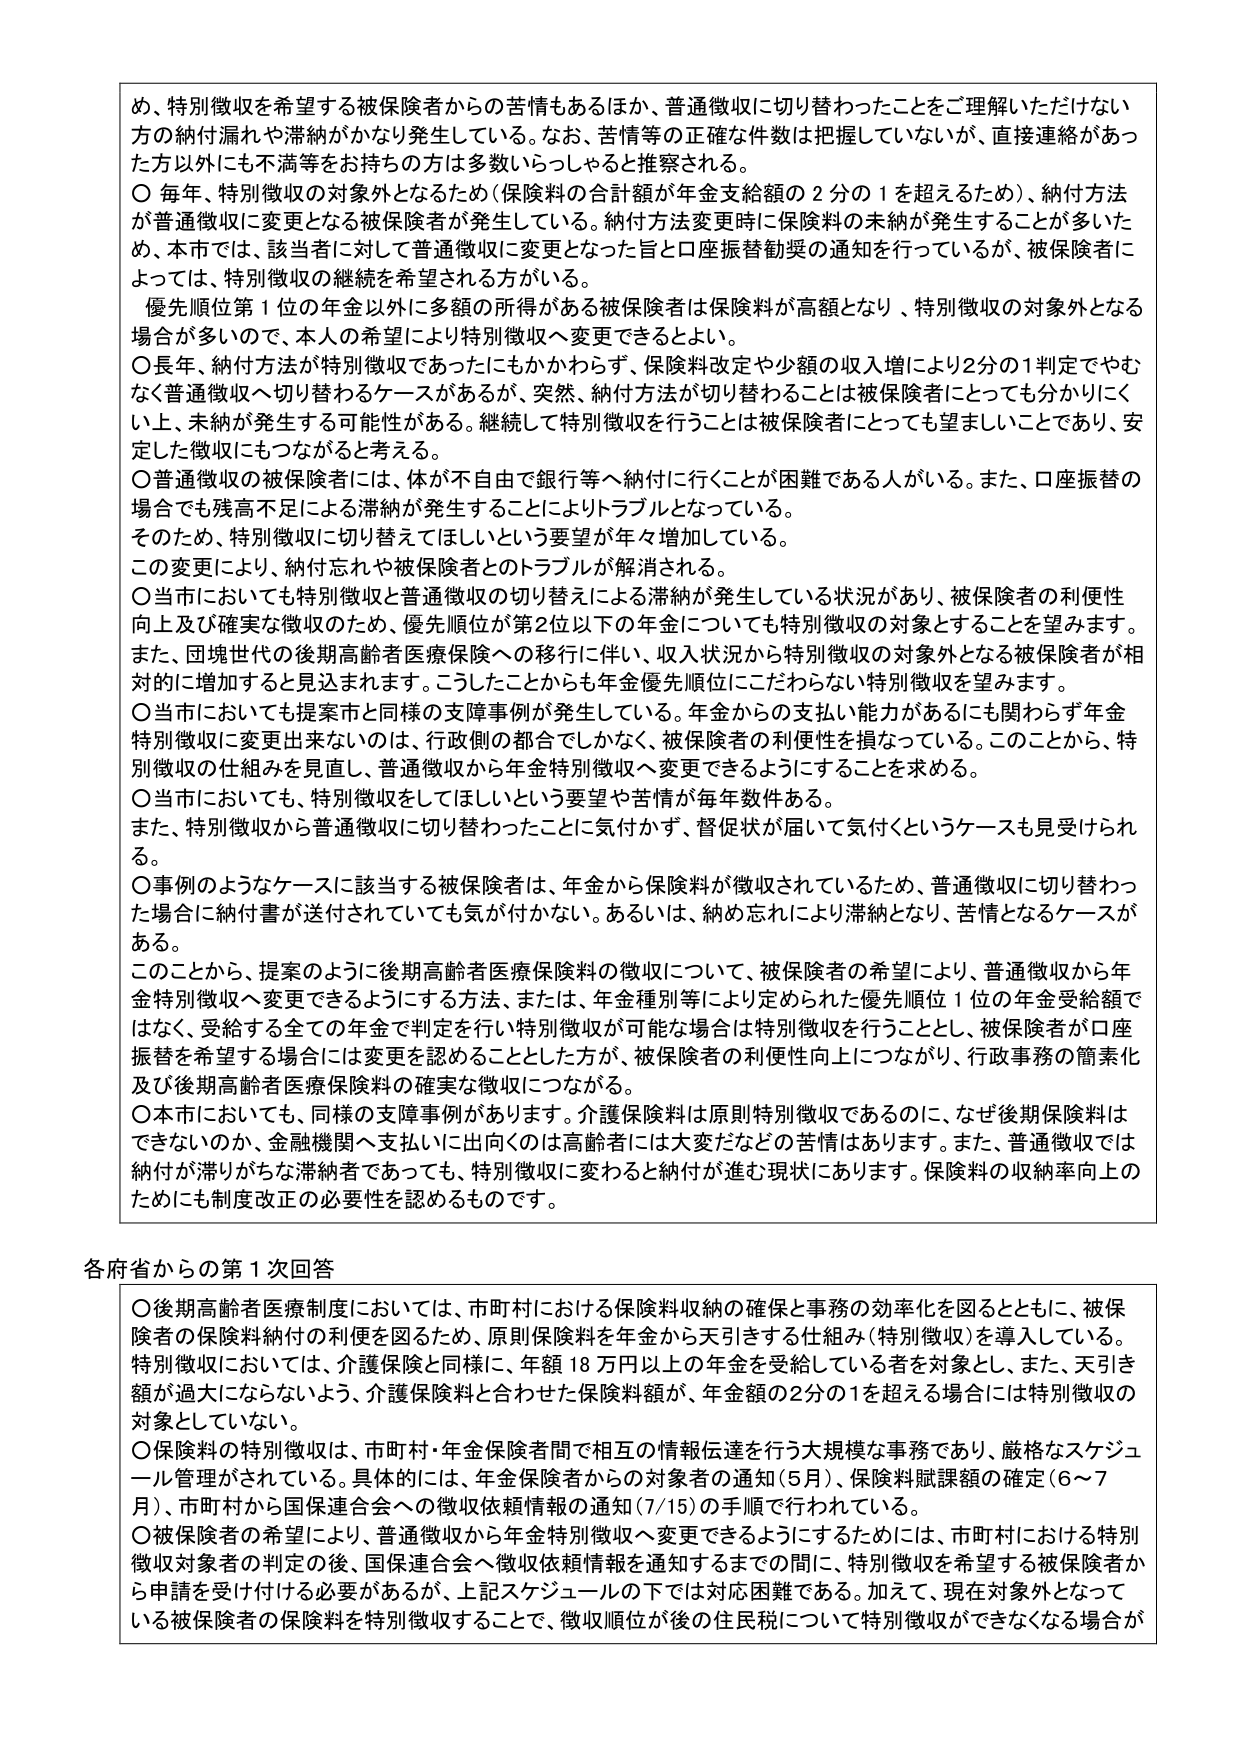
め、特別徴収を希望する被保険者からの苦情もあるほか、普通徴収に切り替わったことをご理解いただけない方の納付漏れや滞納がかなり発生している。なお、苦情等の正確な件数は把握していないが、直接連絡があった方以外にも不満等をお持ちの方は多数いらっしゃると推察される。

○ 毎年、特別徴収の対象外となるため（保険料の合計額が年金支給額の２分の１を超えるため）、納付方法が普通徴収に変更となる被保険者が発生している。納付方法変更時に保険料の未納が発生することが多いため、本市では、該当者に対して普通徴収に変更となった旨と口座振替勧奨の通知を行っているが、被保険者によっては、特別徴収の継続を希望される方がいる。

優先順位第１位の年金以外に多額の所得がある被保険者は保険料が高額となり、特別徴収の対象外となる場合が多いので、本人の希望により特別徴収へ変更できるとよい。

○ 長年、納付方法が特別徴収であったにもかかわらず、保険料改定や少額の収入増により2分の1判定でやむなく普通徴収へ切り替わるケースがあるが、突然、納付方法が切り替わることは被保険者にとっても分かりにくい上、未納が発生する可能性がある。継続して特別徴収を行うことは被保険者にとっても望ましいことであり、安定した徴収にもつながると考える。

○ 普通徴収の被保険者には、体が不自由で銀行等へ納付に行くことが困難である人がいる。また、口座振替の場合でも残高不足による滞納が発生することによりトラブルとなっている。

そのため、特別徴収に切り替えてしまいという要望が年々増加している。

この変更により、納付忘れや被保険者とのトラブルが解消される。

○ 当市においても特別徴収と普通徴収の切り替えによる滞納が発生している状況があり、被保険者の利便性向上及び確実な徴収のため、優先順位が第2位以下の年金についても特別徴収の対象とすることを望みます。また、団塊世代の後期高齢者医療保険への移行に伴い、収入状況から特別徴収の対象外となる被保険者が相対的に増加すると見込まれます。こうしたことからも年金優先順位にこだわらない特別徴収を望みます。

○ 当市においても提案市と同様の支援事例が発生している。年金からの支払い能力があるにも関わらず年金特別徴収に変更出来ないのは、行政側の都合でしかなく、被保険者の利便性を損なっている。このことから、特別徴収の仕組みを見直し、普通徴収から年金特別徴収へ変更できるようにすることを求める。

○ 当市においても、特別徴収をしてほしいという要望や苦情が毎年数件ある。

また、特別徴収から普通徴収に切り替わったことに気付かず、督促状が届いて気付くというケースも見受けられる。

○ 事例のようなケースに該当する被保険者は、年金から保険料が徴収されているため、普通徴収に切り替わった場合に納付書が送付されていても気が付かない。あるいは、納め忘れにより滞納となり、苦情となるケースがある。

このことから、提案のように後期高齢者医療保険料の徴収について、被保険者の希望により、普通徴収から年金特別徴収へ変更できるようにする方法、または、年金種別等により定められた優先順位１位の年金受給額ではなく、受給する全ての年金で判定を行い特別徴収が可能な場合は特別徴収を行うこととし、被保険者が口座振替を希望する場合には変更を認めることとした方が、被保険者の利便性向上につながり、行政事務の簡素化及び後期高齢者医療保険料の確実な徴収につながる。

○ 本市においても、同様の支援事例があります。介護保険料は原則特別徴収であるのに、なぜ後期保険料はできないのか、金融機関へ支払いに出向くのは高齢者には大変だなどの苦情があります。また、普通徴収では納付が滞りがちな滞納者であっても、特別徴収に変わると納付が進む現状にあります。保険料の収納率向上のためにも制度改正の必要性を認めるものです。

各府省からの第１次回答

○ 後期高齢者医療制度においては、市町村における保険料収納の確保と事務の効率化を図るとともに、被保険者の保険料納付の利便を図るため、原則保険料を年金から天引きする仕組み（特別徴収）を導入している。特別徴収においては、介護保険と同様に、年額18万円以上の年金を受給している者を対象とし、また、天引き額が過大にならないよう、介護保険料と合わせた保険料額が、年金額の2分の1を超える場合には特別徴収の対象としていない。

○ 保険料の特別徴収は、市町村・年金保険者間で相互の情報伝達を行う大規模な事務であり、厳格なスケジュール管理がされている。具体的には、年金保険者からの対象者の通知（5月）、保険料賦課額の確定（6～7月）、市町村から国保連合会への徴収依頼情報の通知（7/15）の手順で行われている。

○ 被保険者の希望により、普通徴収から年金特別徴収へ変更できるようにするためには、市町村における特別徴収対象者の判定の後、国保連合会へ徴収依頼情報を通知するまでの間に、特別徴収を希望する被保険者から申請を受け付ける必要があるが、上記スケジュールの下では対応困難である。加えて、現在対象外となっている被保険者の保険料を特別徴収することで、徴収順位が後の住民税について特別徴収ができなくなる場合が